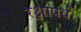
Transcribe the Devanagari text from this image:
रक्षापर्व